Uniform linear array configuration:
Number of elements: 24
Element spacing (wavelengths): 0.25
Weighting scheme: cosine
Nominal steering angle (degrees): -15
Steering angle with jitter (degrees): -13.673
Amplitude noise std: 0.05
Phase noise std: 0.05

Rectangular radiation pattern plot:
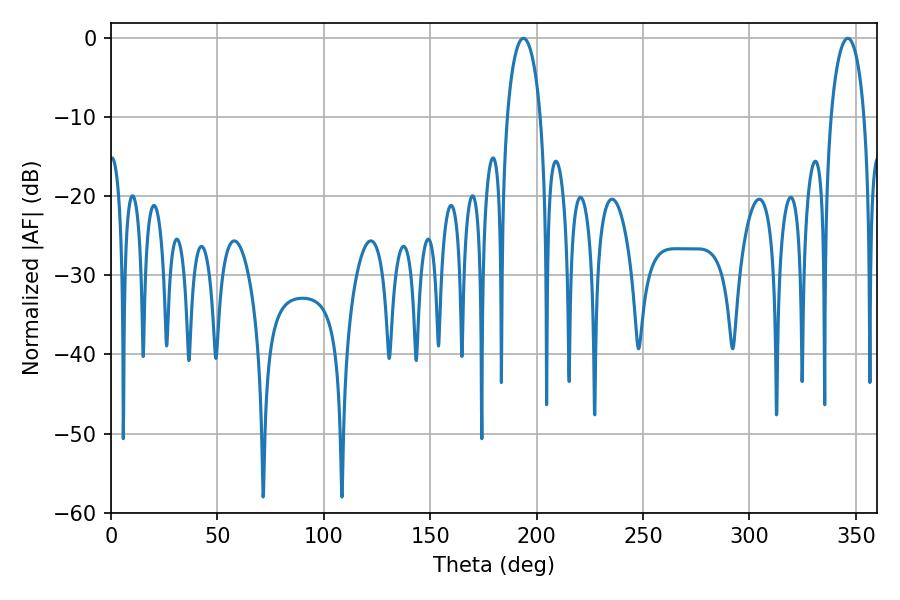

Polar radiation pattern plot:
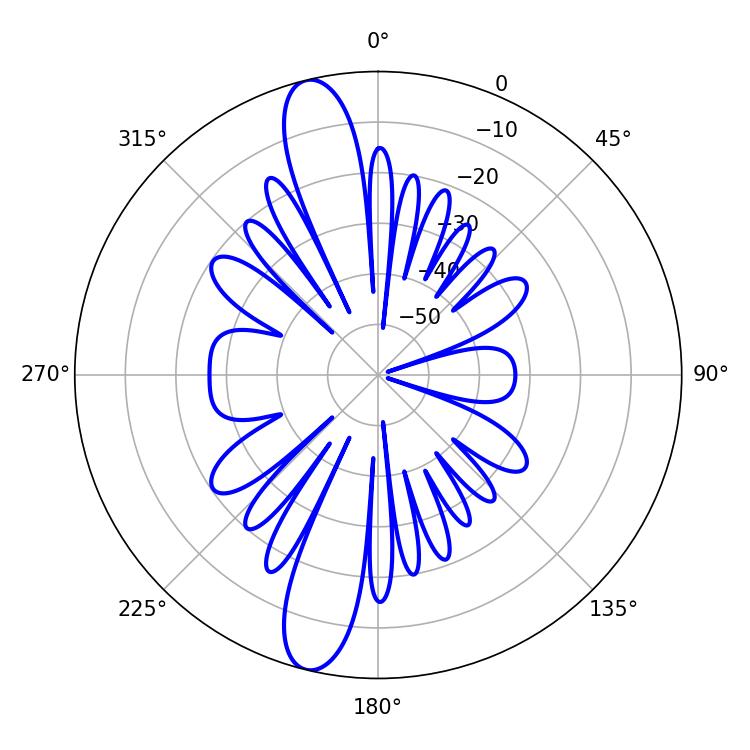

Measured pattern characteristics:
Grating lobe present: FALSE
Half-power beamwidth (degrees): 9
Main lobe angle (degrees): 193.86